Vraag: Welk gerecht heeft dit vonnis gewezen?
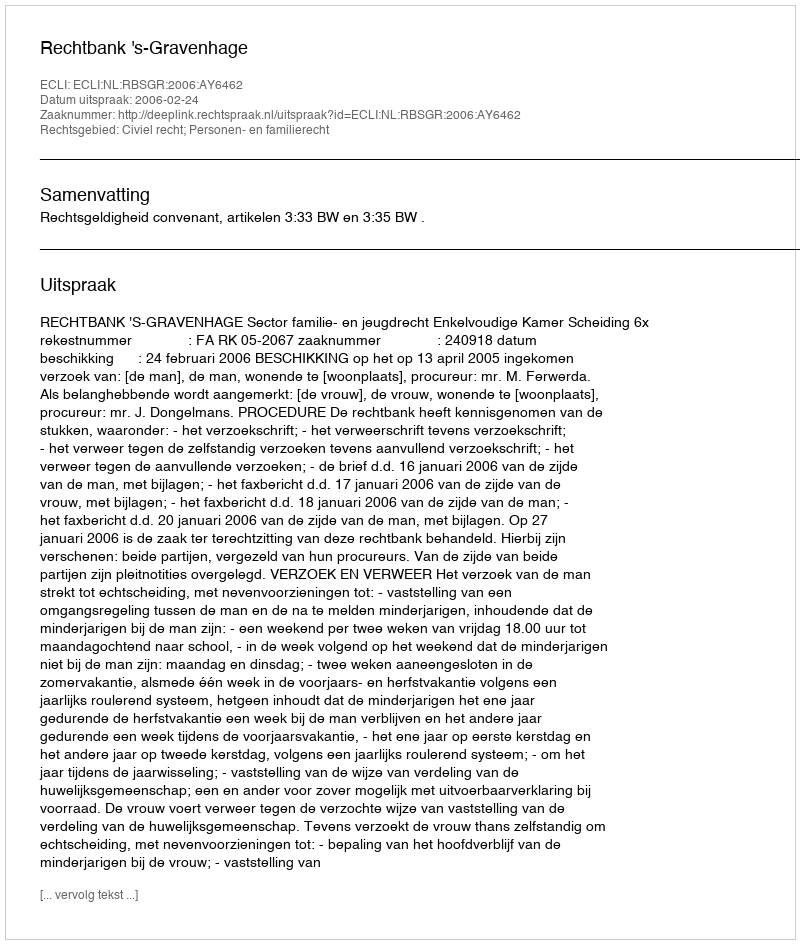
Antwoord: Rechtbank 's-Gravenhage